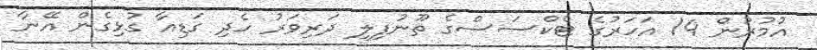
އުމުރުން 14 އަހަރުގެ ޓެކްސަސްގެ ތޫނުފިލި ދަރިވަރު ހެދި ގަޑިއާ ގުޅިގެން އޭނާ